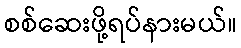
စစ်ဆေးဖို့ရပ်နားမယ်။